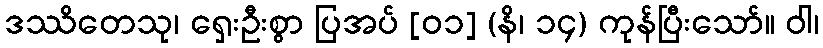
ဒဿိတေသု၊ ရှေးဦးစွာ ပြအပ် [၀၁] (နိ၊ ၁၄) ကုန်ပြီးသော်။ ဝါ၊